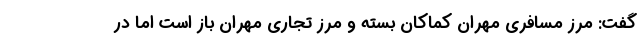
گفت: مرز مسافری مهران کماکان بسته و مرز تجاری مهران باز است اما در